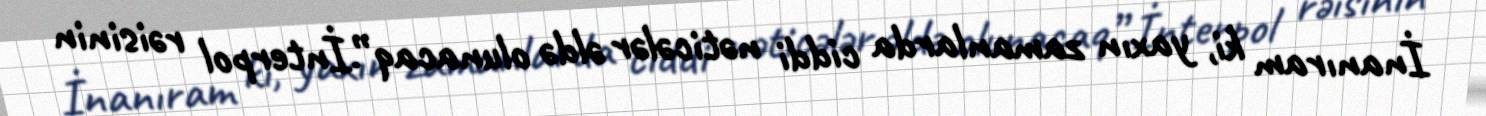
İnanıram ki, yaxın zamanlarda ciddi nəticələr əldə olunacaq”.İnterpol rəisinin